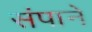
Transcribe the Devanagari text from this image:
संपाने